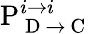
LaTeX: \mathrm{P}_{\mathrm{~D~}\rightarrow\mathrm{~C~}}^{i\rightarrow i}